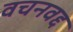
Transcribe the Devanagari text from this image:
वचनवद्द